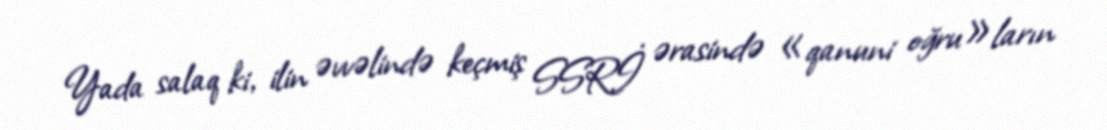
Yada salaq ki, ilin əvvəlində keçmiş SSRİ ərasində «qanuni oğru»ların